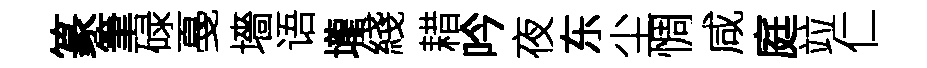
篆筆碌戞墻语壠綫耤吟夜东尘惆咸庭竝仁